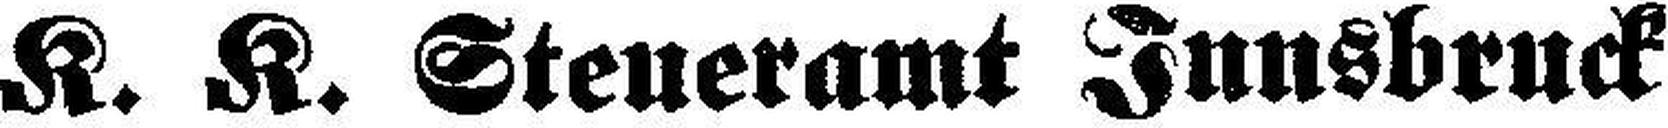
K. K. Steueramt Innsbruck